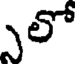
ఎలో